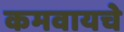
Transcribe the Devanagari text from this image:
कमवायचे